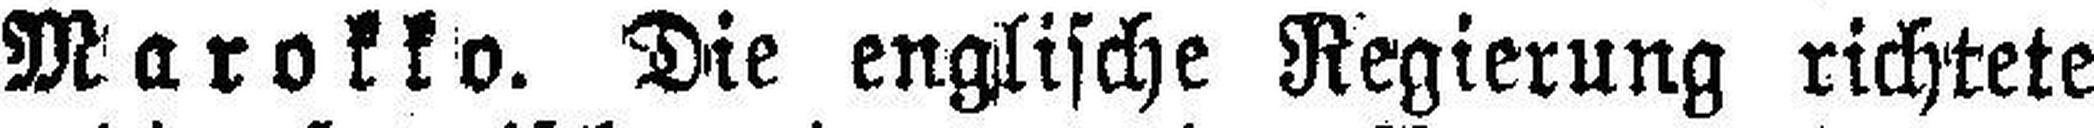
Marokko. Die englische Regierung richtete